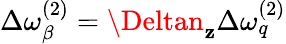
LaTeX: \Delta\omega_{\beta}^{(2)}=\Deltan_{\mathbf{z}}\Delta\omega_{q}^{(2)}